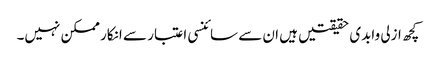
کچھ ازلی وابدی حقیقتیں ہیں ان سے سائنسی اعتبار سے انکار ممکن نہیں۔